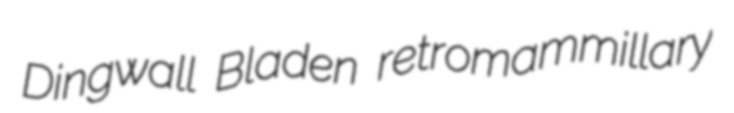
Dingwall Bladen retromammillary